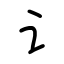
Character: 讠